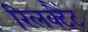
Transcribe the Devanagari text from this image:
रिलक्टैंट